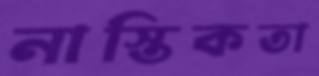
নাস্তিকতা